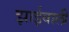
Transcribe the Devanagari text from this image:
झाईवाली